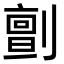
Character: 㔊